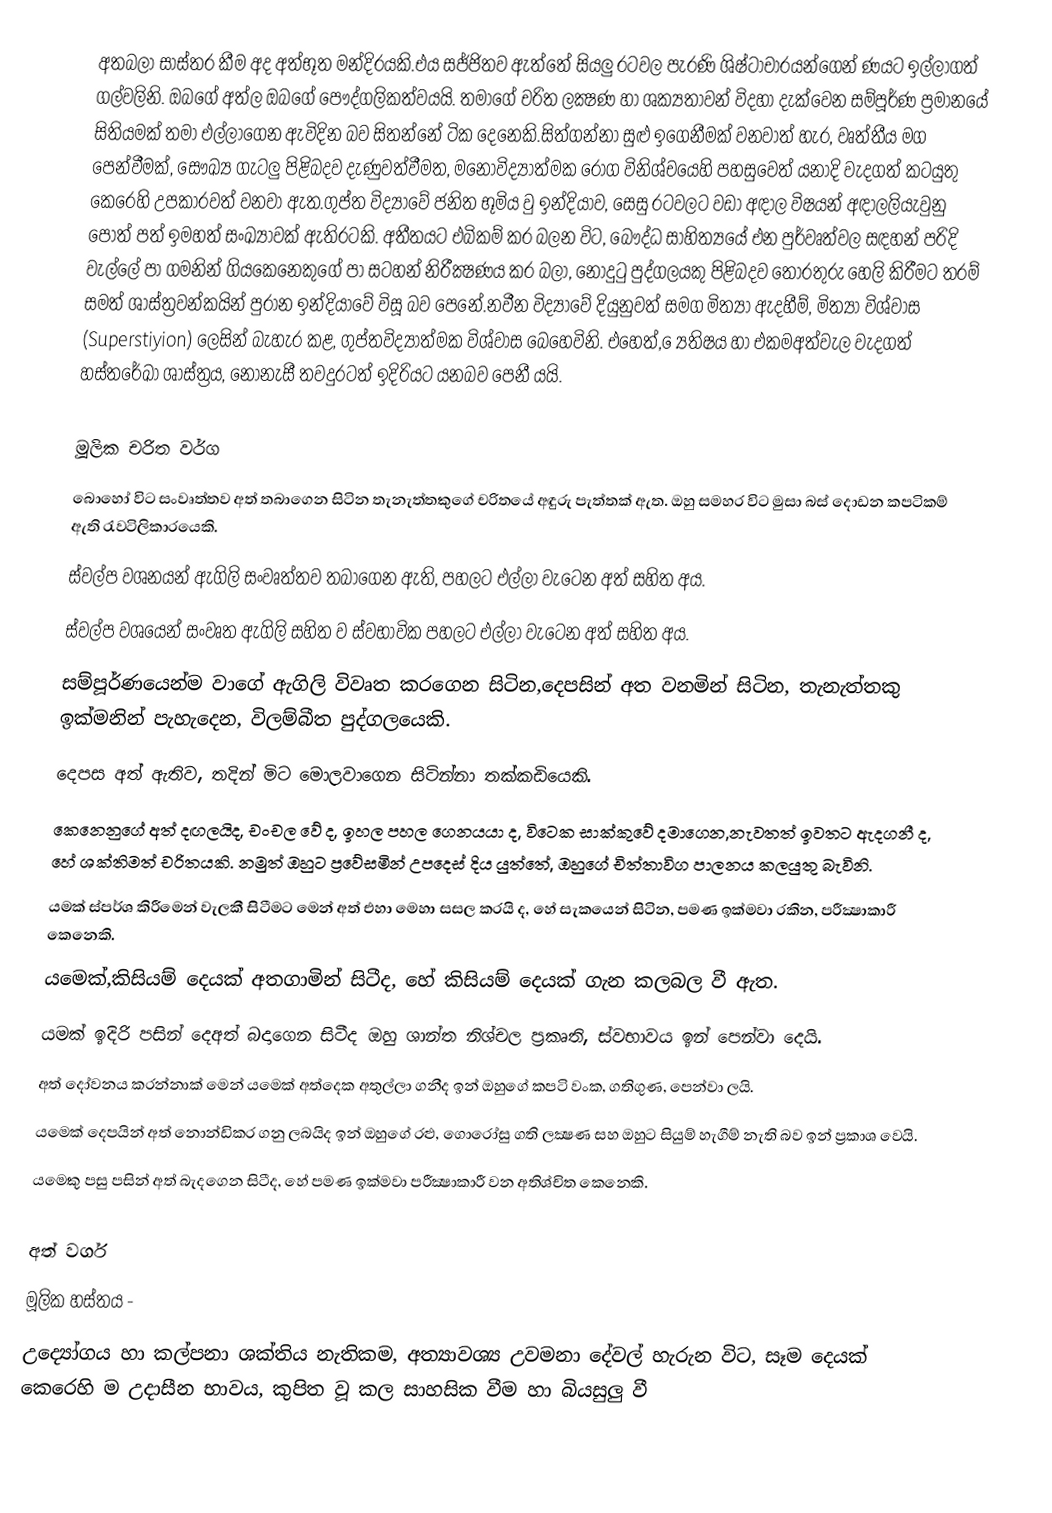
අතබලා සාස්තර කීම අද අත්භූත මන්දිරයකි.එය සජ්ජිතව ඇත්තේ සියලු රටවල පැරණි ශිෂ්ටාචාරයන්ගෙන් ණයට ඉල්ලාගත් ගල්වලිනි. ඔබගේ අත්ල ඔබගේ පෞද්ගලිකත්වයයි. තමාගේ චරිත ලක්‍ෂණ හා ශක්‍යතාවන් විදහා දැක්වෙන සම්පූර්ණ ප්‍රමානයේ සිතියමක් තමා එල්ලාගෙන ඇවිදින බව සිතන්නේ ටික දෙනෙකි.‍සිත්ගන්නා සුළු ඉගෙනීමක් වනවාත් හැර, වෘත්තීය මග පෙන්වීමක්, සෞඛ්‍ය ගැටලු පිළිබදව දැණුවත්වීමත, මනෝවිද්‍යාත්මක රෝග විනිශ්චයෙහි පහසුවෙත් යනාදි වැදගත් කටයුතු කෙරෙහි උපකාරවත් වනවා ඇත.ගුප්ත විද්‍යාවේ ජනිත භූමිය වු ඉන්දියාව, සෙසු රටවලට වඩා අඳාල විෂයන් අඳාලලියැවුනු පොත් පත් ඉමහත් සංඛ්‍යාවක් ඇතිරටකි. අතීතයට එබිකම් කර බලන විට, බෞද්ධ සාහිත්‍යයේ එන පුර්වෘත්වල සඳහන් පරිදි වැල්ලේ පා ගමනින් ගියකෙනෙකුගේ පා සටහන් නිරීක්‍ෂණය කර බලා, නොදුටු පුද්ගලයකු පිළිබදව තොරතුරු හෙලි කිරීමට තරම් සමත් ශාස්ත්‍රවන්කයින් පුරාන ඉන්දියාවේ විසූ බව පෙනේ.නවීන විද්‍යාවේ දියුනුවත් සමග මිත්‍යා ඇදහීම්, මිත්‍යා විශ්වාස (Superstiyion) ලෙසින් බැහැර කළ, ගුප්තවිද්‍යාත්මක විශ්වාස බෙහෙවිනි. එහෙත්, ්‍යෙතිෂය හා එකමඅත්වැල වැදගත් හස්තරේඛා ශාස්ත්‍රය, නොනැසී තවදුරටත් ඉදිරියට යනබව පෙනී යයි.

මූලික චරිත වර්ග
 බොහෝ විට සංවෘත්තව අත් තබාගෙන සිටින තැනැත්තකුගේ චරිතයේ අඳුරු පැත්තක් ඇත. ඔහු සමහර විට මුසා බස් දොඩන කපටිකම් ඇති රැවටිලිකාරයෙකි.
 ස්වල්ප වශනයන් ඇගිලි සංවෘත්තව තබාගෙන ඇති, පහලට එල්ලා වැටෙන අත් සහිත අය.
 ස්වල්ප වශයෙන් සංවෘත ඇගිලි සහිත ව ස්වභාවික පහලට එල්ලා වැටෙන අත් සහිත අය.
 සම්පූර්ණයෙන්ම වාගේ ඇගිලි විවෘත කරගෙන සිටින,දෙපසින් අත වනමින් සිටින, තැනැත්තකු ඉක්මනින් පැහැදෙන, විලම්බීත පුද්ගලයෙකි.
 දෙපස අත් ඇතිව, තදින් මිට මොලවාගෙන සිටින්නා තක්කඩියෙකි.
 කෙනෙනුගේ අත් දඟලයිද, චංචල වේ ද, ඉහල පහල ගෙනයයා ද, විටෙක සාක්කුවේ දමාගෙන,නැවතත් ඉවතට ඇදගනී ද, හේ ශක්තිමත් චරිතයකි. නමුත් ඔහුට ප්‍රවේසමින් උපදෙස් දිය යුත්තේ, ඔහුගේ චිත්තාවිග පාලනය කලයුතු බැවිනි.
 යමක් ස්පර්ශ කිරීමෙන් වැලකී සිටීමට මෙන් අත් එහා මෙහා සසල කරයි ද, හේ සැකයෙන් සිටින, පමණ ඉක්මවා රකින, පරීක්‍ෂාකාරී කෙනෙකි.
 යමෙක්,කිසියම් දෙයක් අතගාමින් සිටීද, හේ කිසියම් දෙයක් ගැන කලබල වී ඇත.
 යමක් ඉදිරි පසින් දෙඅත් බදාගෙන සිටීද ඔහු ශාන්ත නිශ්චල ප්‍රකෘති, ස්වභාවය ඉන් පෙන්වා දෙයි.
 අත් දෝවනය කරන්නාක් මෙන් යමෙක් අත්දෙක අතුල්ලා ගනීද ඉන් ඔහුගේ කපටි වංක, ගතිගුණ, පෙන්වා ලයි.
 යමෙක් දෙපයින් අත් නොන්ඩිකර ගනු ලබයිද ඉන් ඔහුගේ රළු, ගොරෝසු ගති ලක්‍ෂණ සහ ඔහුට සියුම් හැගීම් නැති බව ඉන් ප්‍රකාශ වෙයි.
 යමෙකු පසු පසින් අත් බැදගෙන සිටීද, හේ පමණ ඉක්මවා පරීක්‍ෂාකාරී වන අතිශ්චිත කෙනෙකි.

අත් වර්ග
  මූලික හස්තය -
   උද්‍යෝගය හා කල්පනා ශක්තිය නැතිකම, අත්‍යාවශ්‍ය උවමනා දේවල් හැරුන විට, සෑම දෙයක් කෙරෙහි ම උදාසීන භාවය, කුපිත වූ කල සාහසික වීම හා බියසුලු   වී